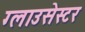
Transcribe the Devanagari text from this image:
ग्लाउसेस्टर